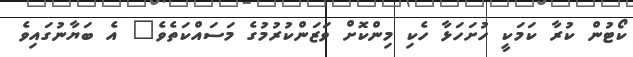
ކޯޓުން ކުރާ ކަމަކީ ހުށަހަޅާ ހެކި މިންކޮށް ވަޒަންކުރުމުގެ މަސައްކަތެވެ" އެ ބަޔާނުގައިވެ